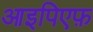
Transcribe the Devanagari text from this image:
आइपिएफ़